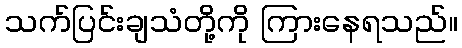
သက်ပြင်းချသံတို့ကို ကြားနေရသည်။